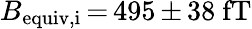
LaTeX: B_{\mathrm{equiv,i}}\, {=}\, 495\, {\pm}\, 38~\mathrm{fT}